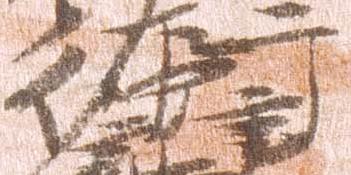
行